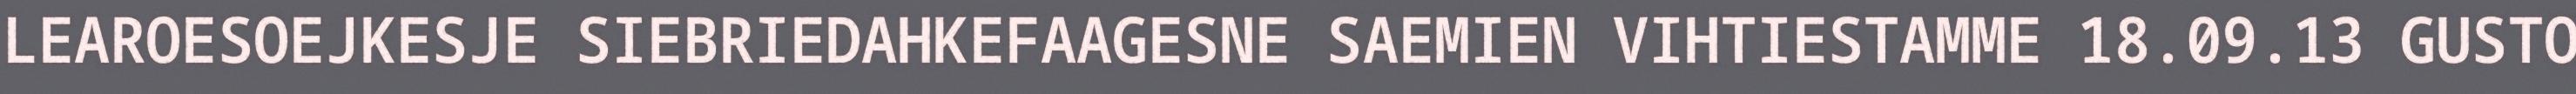
LEAROESOEJKESJE SIEBRIEDAHKEFAAGESNE SAEMIEN VIHTIESTAMME 18.09.13 GUSTO